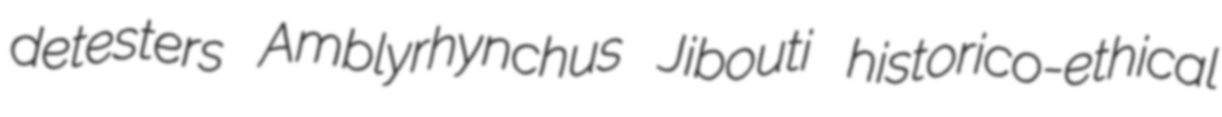
detesters Amblyrhynchus Jibouti historico-ethical